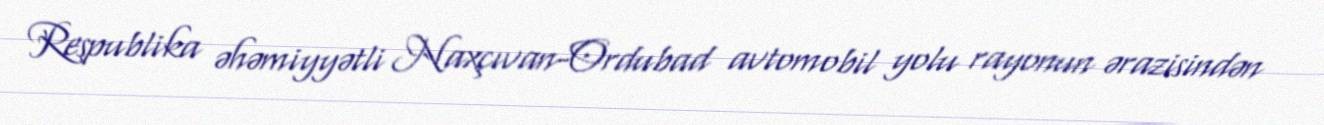
Respublika əhəmiyyətli Naxçıvan-Ordubad avtomobil yolu rayonun ərazisindən